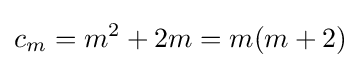
c_{m}=m^{2}+2m=m(m+2)